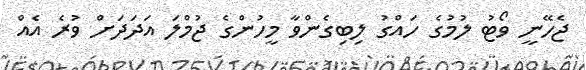
ޖެހޭނީ ވޯޓު ލުމުގެ ހައްގު ލިބިގެންވާ މީހުންގެ ޖުމްލަ އަދަދަށް ވުރެ އެއް